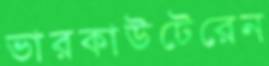
ভারকাউটেরেন